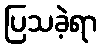
ပြသခဲ့ရာ